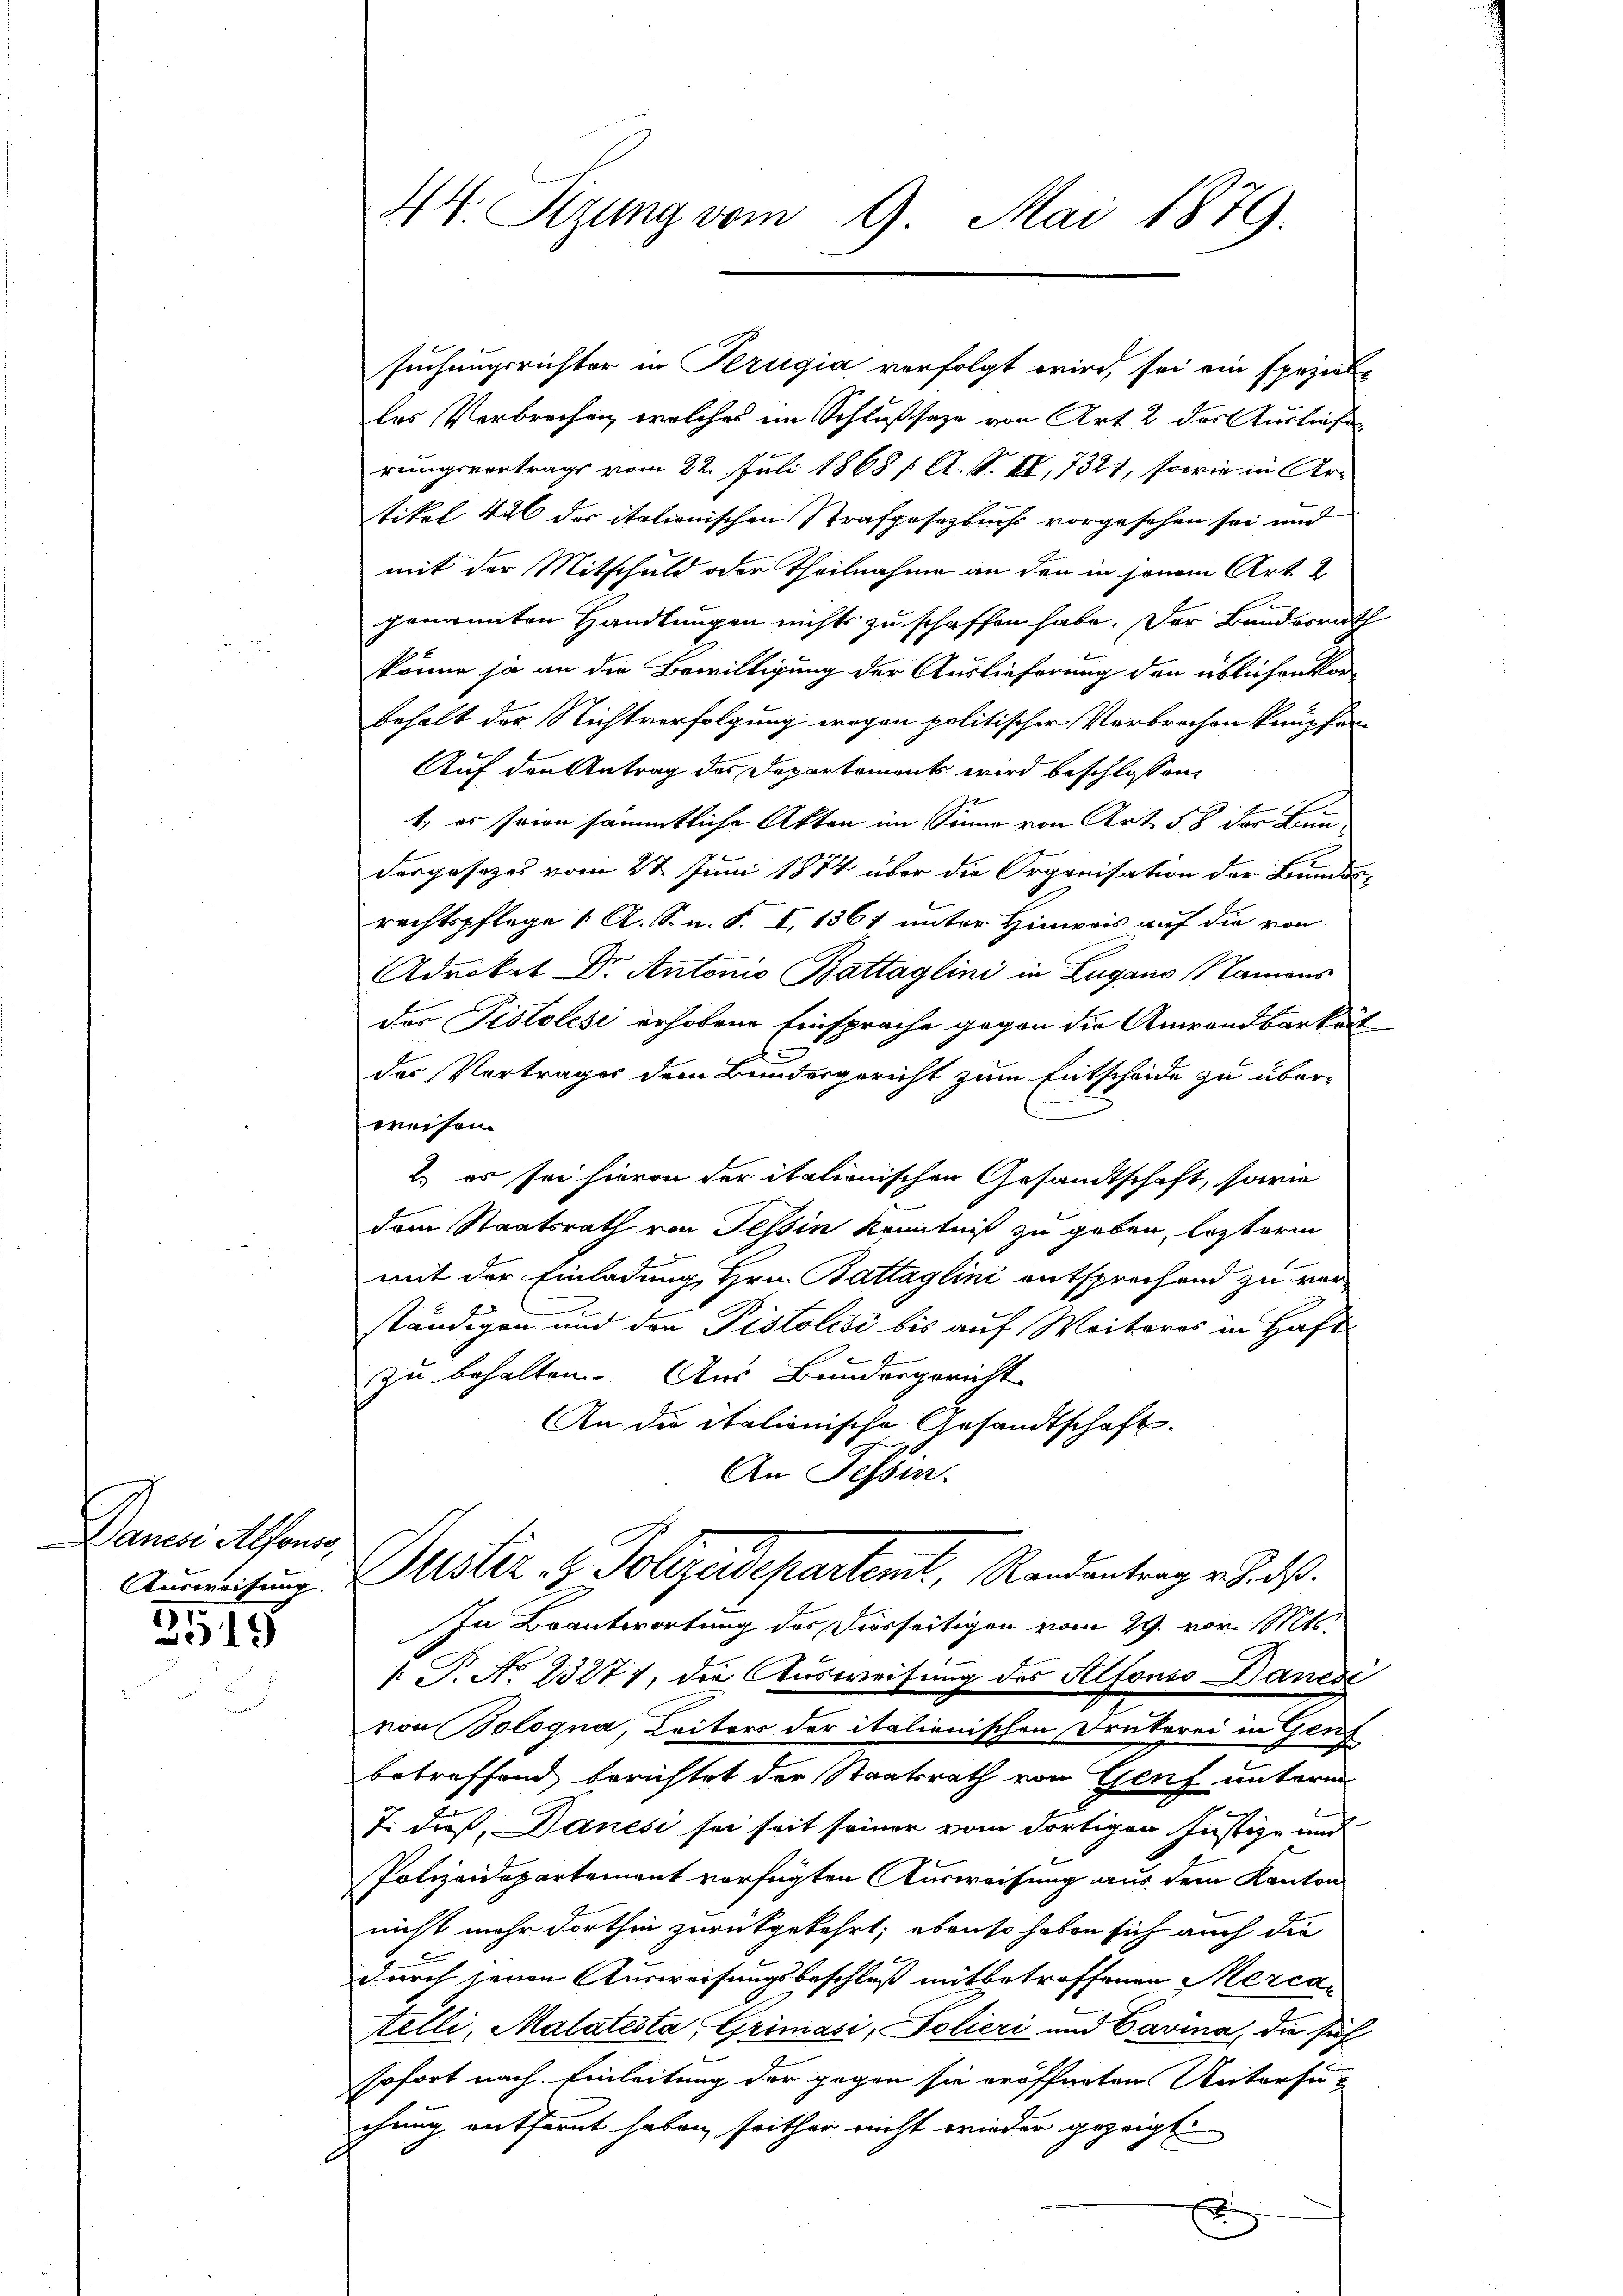
Danesi Alfons,
Ausweisung.

5
12)

44. Sizung vom 9. Mai 1879.

suchungsrichter in Perugia verfolgt wird, sei ein speziale
les Verbrechen welches im Schlußsaze von Art. 2 des Ausliefe
rungsvertrags vom 22. Juli 1868 / A. S. II, 7321, sowie in Artikel 426 des italionischen Strafgesetzbuchs vorgesehen sei und
mit der Mitschuld oder Theilnahme an den in jenem Art 2
genannten Handlungen nichts zu schaffen habe. Der Banderrath
könne ja an die Bewilligung der Auslieferung der üblichen kon
behalt der Nichtverfolgung wogen politischer Verbrochen knüpfer¬
Auf den Antrag des Departemonts wird beschlossen,
t, es sein sämmtliche Akten im Sinne von Art. 58 der Bun¬
Forgesezes vom 22. Juni 1874 über die Organisation der Bundesrechtspflege 1. A. S. n. F. I, 1361 unter Hinweis auf die von
Advokat Dr. Antonio Battaglini in Zugano Namens
des Pistolisi erhobene Einsprache gegen die Anwendbarkeit
der Vortrages dem Bundesgericht zum Entscheide zu über-
weisen.
2.) es sei hievon der italionischen Gesandtschaft, sowie
dem Staatsrath von Tessin Kenntniß zu geben, lezterm
mit der Einladung, Hrn. Battaglini entsprechend zu verständigen und den Pistolisi bis auf Weiteres in Haft
zu behalten. Aus Bundesgericht
An die italienische Gesandtschaft.
An Tessin.
Gustiz- & Polizeidepartemt, Rendentrag v. J. dß.
In Beantwortung des Diesseitigen vom 29. vor. Mts.
[ P. No 23271, die Ausweisung des Alfonso- Danes
von Bologna, Leiters der italienischen Drukerei in Genf
betreffend berichtet der Staatsrath von Genf unterm
7. dieß, Danesi sei seit seiner vom dortigen Justiz- und
Polizeidepartement verfügten Ausweisung aus dem Kanton
nicht mehr dorthin zurückgekehrt, ebenso haben sich auch die
durch jenen Ausweisungsbeschluß mitbetroffenen Mercatelli, Malatesta, Grimasi, Polieri und Cavina, die sich
sofort nach Einleitung der gegen sie eröffneten Untersuc
chung entfernt haben, seither nicht wieder gezeigt
d